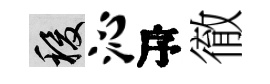
稷沁序徹